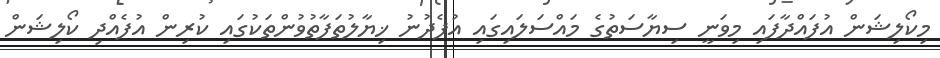
މިކޯލިޝަން އުފައްދާފައި މިވަނީ ސިޔާސަތުގެ މައްސަލައިގައި އުފެދުނު ޚިޔާލުތަފާތުވުންތަކުގައި ކުރިން އުފެއްދި ކޯލިޝަން